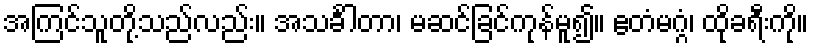
အကြင်သူတို့သည်လည်း။ အသင်္ခါတာ၊ မဆင်ခြင်ကုန်မူ၍။ ဧတံမဂ္ဂံ၊ ထိုခရီးကို။